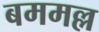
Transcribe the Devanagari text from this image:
बममल्ल